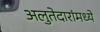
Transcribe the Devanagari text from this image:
अलुतेदारांमध्ये